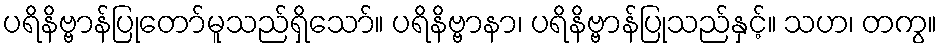
ပရိနိဗ္ဗာန်ပြုတော်မူသည်ရှိသော်။ ပရိနိဗ္ဗာနာ၊ ပရိနိဗ္ဗာန်ပြုသည်နှင့်။ သဟ၊ တကွ။